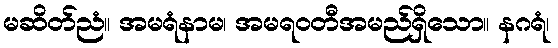
မဆိတ်ညံ။ အမရံနာမ၊ အမရဝတီအမည်ရှိသော။ နဂရံ၊